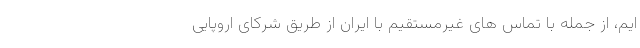
ایم، از جمله با تماس های غیرمستقیم با ایران از طریق شرکای اروپایی